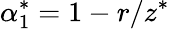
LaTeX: \alpha_{1}^{*}=1-r/z^{*}